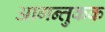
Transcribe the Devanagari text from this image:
आगन्तुकक